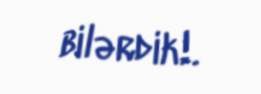
bilərdik!.